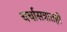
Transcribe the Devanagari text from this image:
चर्चासत्रातही